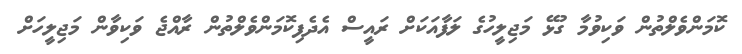
ކޮމަންވެލްތުން ވަކިވުމާ ގުޅޭ މަޖިލީހުގެ ލަފާއަކަށް ރައީސް އެދެފިކޮމަންވެލްތުން ރާއްޖެ ވަކިވާން މަޖިލީހަށް